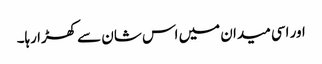
اور اسی میدان میں اس شان سے کھڑا رہا۔